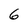
Character: 6